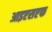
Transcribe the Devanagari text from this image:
आइएसएफ